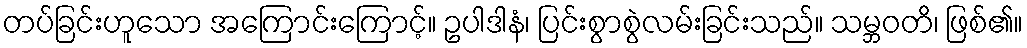
တပ်ခြင်းဟူသော အကြောင်းကြောင့်။ ဥပါဒါနံ၊ ပြင်းစွာစွဲလမ်းခြင်းသည်။ သမ္ဘဝတိ၊ ဖြစ်၏။